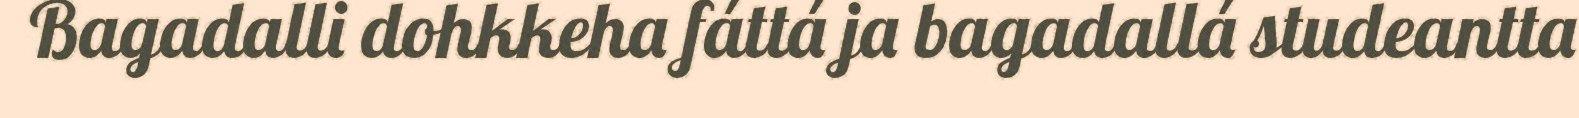
Bagadalli dohkkeha fáttá ja bagadallá studeantta